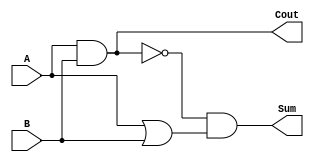
`timescale 1ns / 1ps

module ha(Cout, Sum, A, B);
    input  A, B;
	 output Cout, Sum;
	 
	 and a1 (Cout, A, B);
	 not i1 (Cbar, Cout);
	 or  o1 (p, A, B);
	 and a2 (Sum, Cbar, p);
	 
endmodule